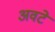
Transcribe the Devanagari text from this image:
अवटे